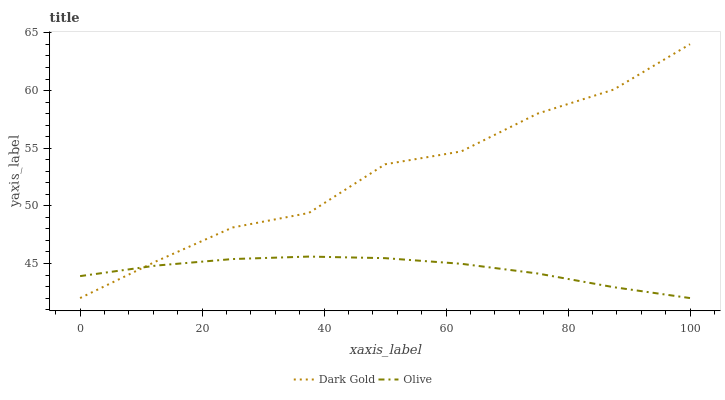
| xaxis_label | Dark Gold | Olive |
 | --- | --- | --- |
 | 0 | 42 | 43.9 |
 | 12.5 | 45.2 | 44.8 |
 | 25 | 48.1 | 45.4 |
 | 37.5 | 49.4 | 45.6 |
 | 50 | 53.6 | 45.5 |
 | 62.5 | 54.7 | 45 |
 | 75 | 58 | 44.1 |
 | 87.5 | 60.1 | 42.9 |
 | 100 | 64 | 42 |